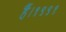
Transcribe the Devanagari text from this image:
हैं।१९९१